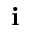
{ \mathbf i }